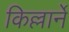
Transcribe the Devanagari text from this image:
किल्लार्ने